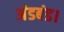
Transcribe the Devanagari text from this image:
अंडबंड।